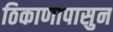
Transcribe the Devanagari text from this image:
ठिकाणापासुन